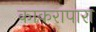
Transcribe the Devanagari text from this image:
काकरापारा